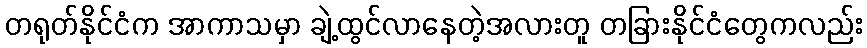
တရုတ်နိုင်ငံက အာကာသမှာ ချဲ့ထွင်လာနေတဲ့အလားတူ တခြားနိုင်ငံတွေကလည်း